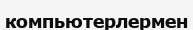
компьютерлермен